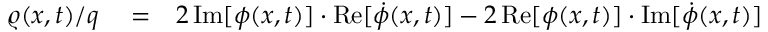
\begin{array} { r l r } { \varrho ( x , t ) / q } & { { } = } & { 2 \, \mathrm { I m } [ \phi ( x , t ) ] \cdot \mathrm { R e } [ \dot { \phi } ( x , t ) ] - 2 \, \mathrm { R e } [ \phi ( x , t ) ] \cdot \mathrm { I m } [ \dot { \phi } ( x , t ) ] } \end{array}